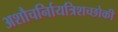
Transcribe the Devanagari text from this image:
अशौचर्निायत्रिशच्छोकी